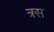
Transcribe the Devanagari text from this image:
त्रस